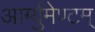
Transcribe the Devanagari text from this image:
आर्ग्युमेण्टम्